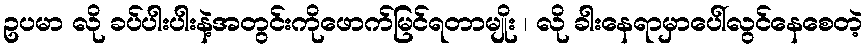
ဥပမာ လို ခပ်ပါးပါးနဲ့အတွင်းကိုဖောက်မြင်ရတာမျိုး ၊ လို ခါးနေရာမှာပေါ်လွင်နေစေတဲ့